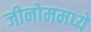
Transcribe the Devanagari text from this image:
जीनोममध्ये